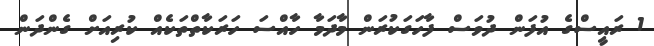
1 ރައީސްގެ އުފަން ދުވަސް ފާހަގަކުރަން މާދަމާ ހާއްސަ ހަރަކާތްތަކެއް ކުރިއަށް ގެންދަން